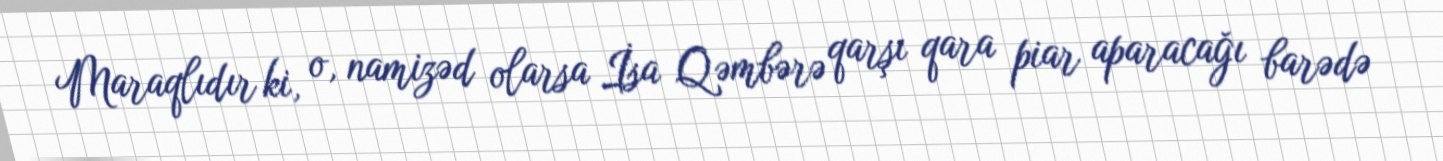
Maraqlıdır ki, o, namizəd olarsa İsa Qəmbərə qarşı qara piar aparacağı barədə